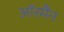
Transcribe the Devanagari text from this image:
ऑरमैन